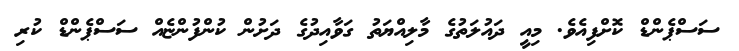
ސަސްޕެންޑް ކޮށްފިއެވެ. މިއީ ދައުލަތުގެ މާލިއްޔަތު ގަވާއިދުގެ ދަށުން ކުންފުންޏެއް ސަސްޕެންޑް ކުރި